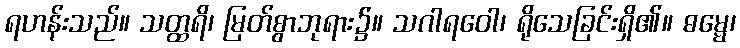
ရဟန်းသည်။ သတ္ထရိ၊ မြတ်စွာဘုရား၌။ သဂါရဝေါ၊ ရိုသေခြင်းရှိ၏။ ဓမ္မေ၊